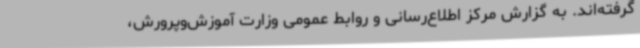
گرفته‌اند. به گزارش مرکز اطلاع‌رسانی و روابط عمومی وزارت آموزش‌وپرورش،